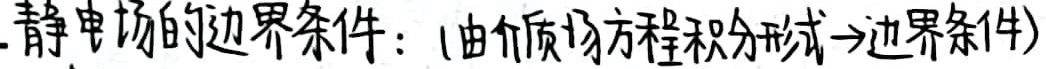
静电场的边界条件：(由介质场方程积分形式→边界条件)